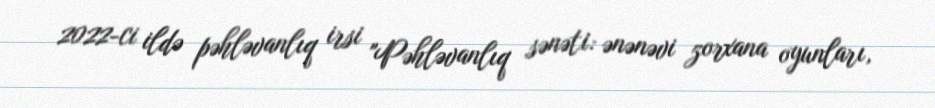
2022-ci ildə pəhləvanlıq irsi "Pəhləvanlıq sənəti: ənənəvi zorxana oyunları,